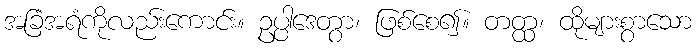
အခြံအရံကိုလည်းကောင်း။ ဥပ္ပါဒေတွာ၊ ဖြစ်စေ၍။ တတ္ထ၊ ထိုများစွာသော